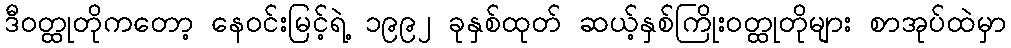
ဒီဝတ္ထုတိုကတော့ နေဝင်းမြင့်ရဲ့ ၁၉၉၂ ခုနှစ်ထုတ် ဆယ့်နှစ်ကြိုးဝတ္ထုတိုများ စာအုပ်ထဲမှာ